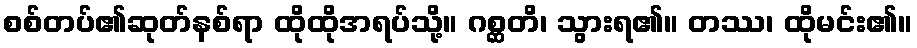
စစ်တပ်၏ဆုတ်နစ်ရာ ထိုထိုအရပ်သို့။ ဂစ္ဆတိ၊ သွားရ၏။ တဿ၊ ထိုမင်း၏။